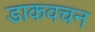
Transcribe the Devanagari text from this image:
डाकवचन